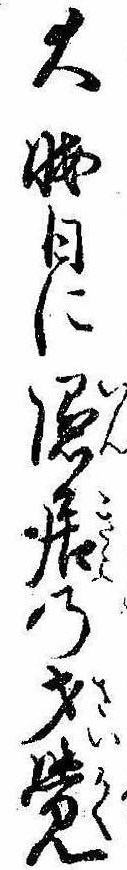
大晦日に隠居の才覚